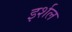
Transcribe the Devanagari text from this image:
इर्शल